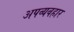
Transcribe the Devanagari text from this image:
अपव्यवहार